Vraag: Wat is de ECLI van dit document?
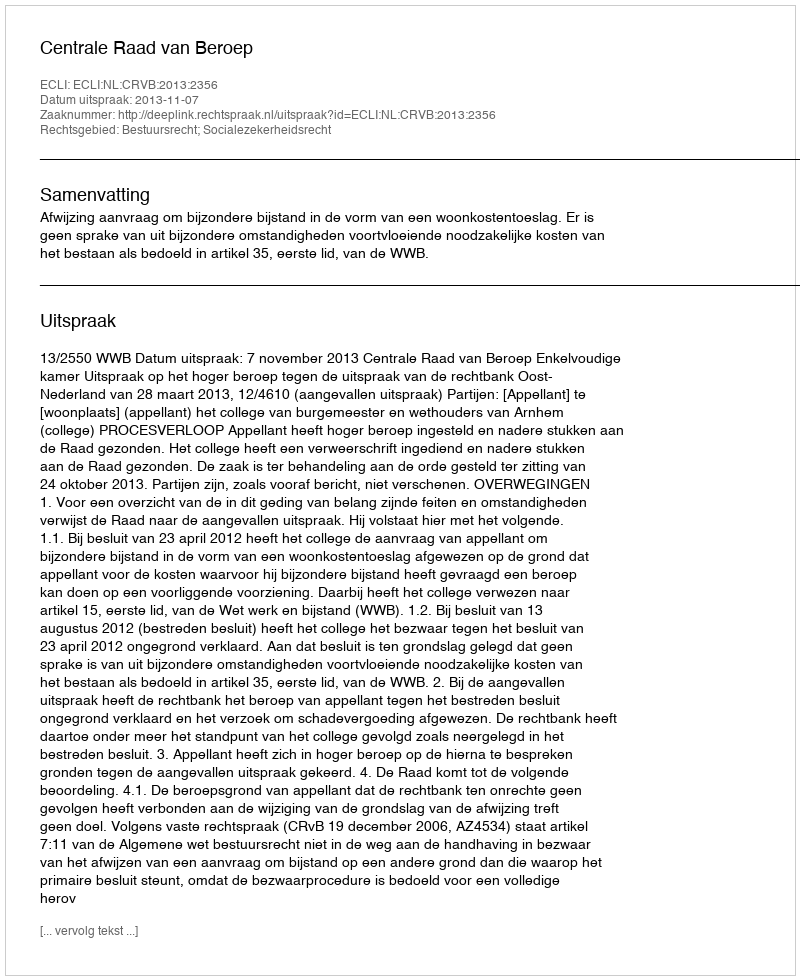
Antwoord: ECLI:NL:CRVB:2013:2356